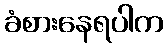
ခံစားနေရပါက